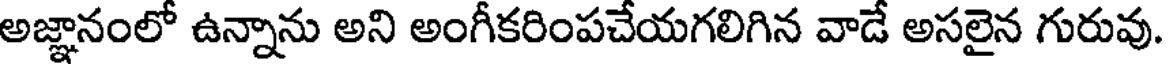
అజ్ఞానంలో ఉన్నాను అని అంగీకరింపచేయగలిగిన వాడే అసలైన గురువు.